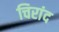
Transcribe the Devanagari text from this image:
चिरांद